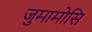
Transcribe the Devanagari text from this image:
जुमामोसि